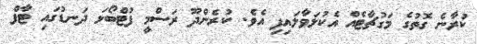
ކުރާނެ ގޮތުގެ މަގުޗާޓެއް އެކުލަވާލައިފި އެވެ. ކުރެންދޫ ރަސްމީ ފުޓްބޯޅަ ދަނޑުގައި ޓާފް